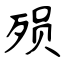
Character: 殒